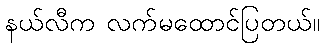
နယ်လီက လက်မထောင်ပြတယ်။